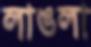
লাঙলা